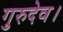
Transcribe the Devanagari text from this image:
गुरुदेव।